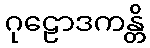
ဂုဠောဒကန္တိ